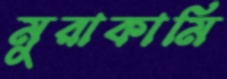
মুরাকামি